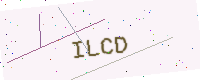
Text: ILCD